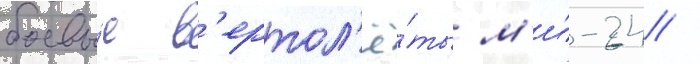
боевы́е в'ертол'ё́ты м'и́-24 /